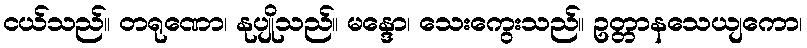
ငယ်သည်။ တရုဏော၊ နုပျိုသည်။ မန္ဒော၊ သေးကွေးသည်။ ဥတ္တာနသေယျကော၊